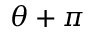
\theta + \pi